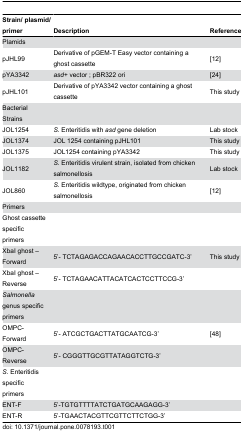
<table><thead><tr><td><b>Strain/ plasmid/primer</b></td><td><b>Description</b></td><td><b>Reference</b></td></tr></thead><tbody><tr><td>Plamids</td><td></td><td></td></tr><tr><td>pJHL99</td><td>Derivative of pGEM-T Easy vector containing a ghost cassette</td><td>[12]</td></tr><tr><td>pYA3342</td><td><i>asd</i>+ vector ; pBR322 ori</td><td>[24]</td></tr><tr><td>pJHL101</td><td>Derivative of pYA3342 vector containing a ghost cassette</td><td>This study</td></tr><tr><td>Bacterial Strains</td><td></td><td></td></tr><tr><td>JOL1254</td><td><i>S.</i> Enteritidis with <i>asd</i> gene deletion</td><td>Lab stock</td></tr><tr><td>JOL1374</td><td>JOL 1254 containing pJHL101</td><td>This study</td></tr><tr><td>JOL1375</td><td>JOL1254 containing pYA3342</td><td>This study</td></tr><tr><td>JOL1182</td><td><i>S.</i> Enteritidis virulent strain, isolated from chicken salmonellosis</td><td>Lab stock</td></tr><tr><td>JOL860</td><td><i>S.</i> Enteritidis wildtype, originated from chicken salmonellosis</td><td>[12]</td></tr><tr><td>Primers</td><td></td><td></td></tr><tr><td>Ghost cassette specific primers</td><td></td><td></td></tr><tr><td>XbaI ghost –Forward</td><td>5’- TCTAGAGACCAGAACACCTTGCCGATC-3’</td><td>This study</td></tr><tr><td>XbaI ghost –Reverse</td><td>5’- TCTAGAACATTACATCACTCCTTCCG-3’</td><td></td></tr><tr><td><i>Salmonella</i> genus specific primers</td><td></td><td></td></tr><tr><td>OMPC- Forward</td><td>5’- ATCGCTGACTTATGCAATCG-3’</td><td>[48]</td></tr><tr><td>OMPC- Reverse</td><td>5’- CGGGTTGCGTTATAGGTCTG-3’</td><td></td></tr><tr><td><i>S.</i> Enteritidis specific primers</td><td></td><td></td></tr><tr><td>ENT-F</td><td>5’-TGTGTTTTATCTGATGCAAGAGG-3’</td><td></td></tr><tr><td>ENT-R</td><td>5’-TGAACTACGTTCGTTCTTCTGG-3’</td><td></td></tr></tbody></table>